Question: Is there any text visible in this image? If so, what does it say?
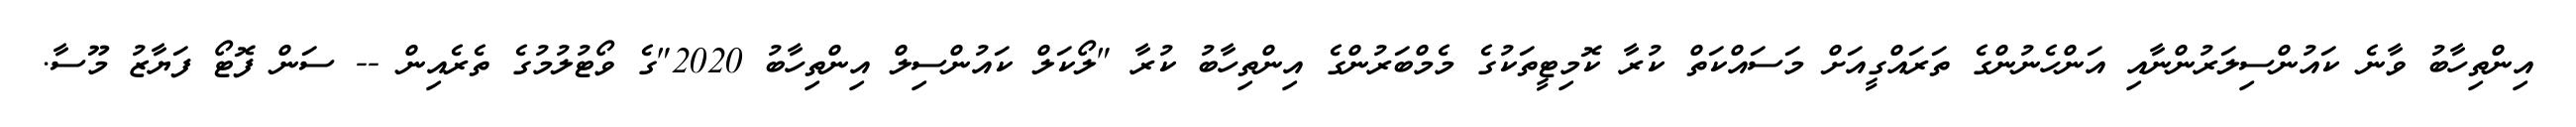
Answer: އިންތިހާބު ވާނެ ކައުންސިލަރުންނާއި އަންހެނުންގެ ތަރައްގީއަށް މަސައްކަތް ކުރާ ކޮމިޓީތަކުގެ މެމްބަރުންގެ އިންތިހާބު ކުރާ "ލޯކަލް ކައުންސިލް އިންތިހާބު 2020"ގެ ވޯޓުލުމުގެ ތެރެއިން -- ސަން ފޮޓޯ ފަޔާޒު މޫސާ.